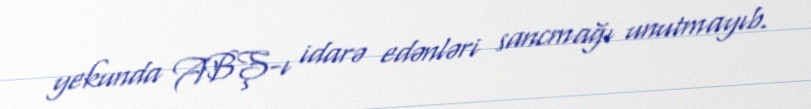
yekunda ABŞ-ı idarə edənləri sancmağı unutmayıb.